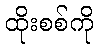
ထိုးစစ်ကို